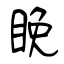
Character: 睌